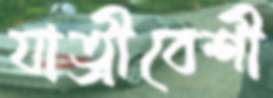
যাত্রীবেশী